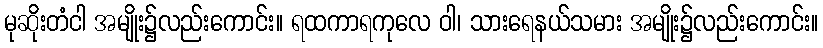
မုဆိုးတံငါ အမျိုး၌လည်းကောင်း။ ရထကာရကုလေ ဝါ၊ သားရေနယ်သမား အမျိုး၌လည်းကောင်း။